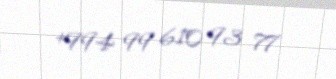
+994 99 610 93 77